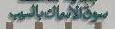
مسوقالاسعاك بالسب